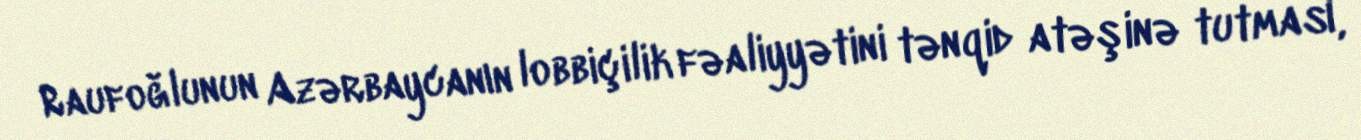
Raufoğlunun Azərbaycanın lobbiçilik fəaliyyətini tənqid atəşinə tutması,